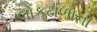
લોકઢાળોનો